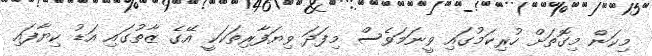
މިކަން މިގޮތަށް ހުރިކަމުގައި ވީނަމަވެސް މިފަދަ ވިޔަފާރިތަކަކީ އޭގެ ޒާތުގައި އަޑު ކިޔާފައި